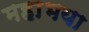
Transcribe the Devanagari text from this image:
महाभया